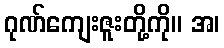
ဂုဏ်ကျေးဇူးတို့ကို။ အ၊